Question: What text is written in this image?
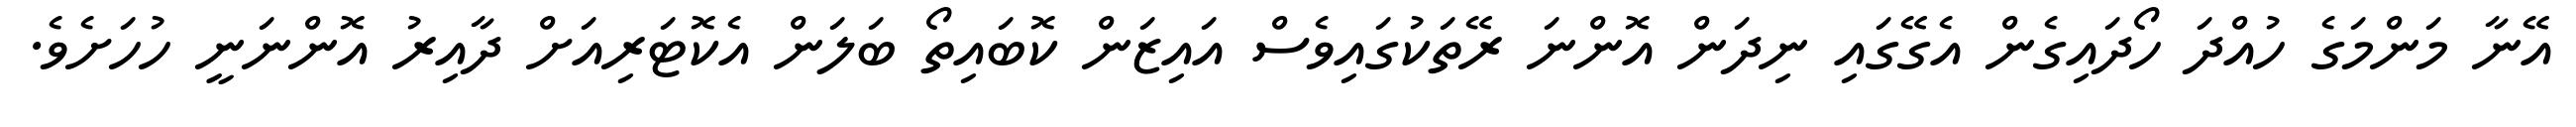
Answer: އޭނާ މަންމަގެ ހުއްދަ ހޯދައިގެން އެގޭގައި ނިދަން އޮންނަ ރޭތަކުގައިވެސް އައިޒަން ކޮބައިތޯ ބަލަން އެކޮޓަރިއަށް ދާއިރު އޮންނަނީ ހުހަށެވެ.